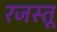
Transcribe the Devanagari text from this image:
रजस्तू